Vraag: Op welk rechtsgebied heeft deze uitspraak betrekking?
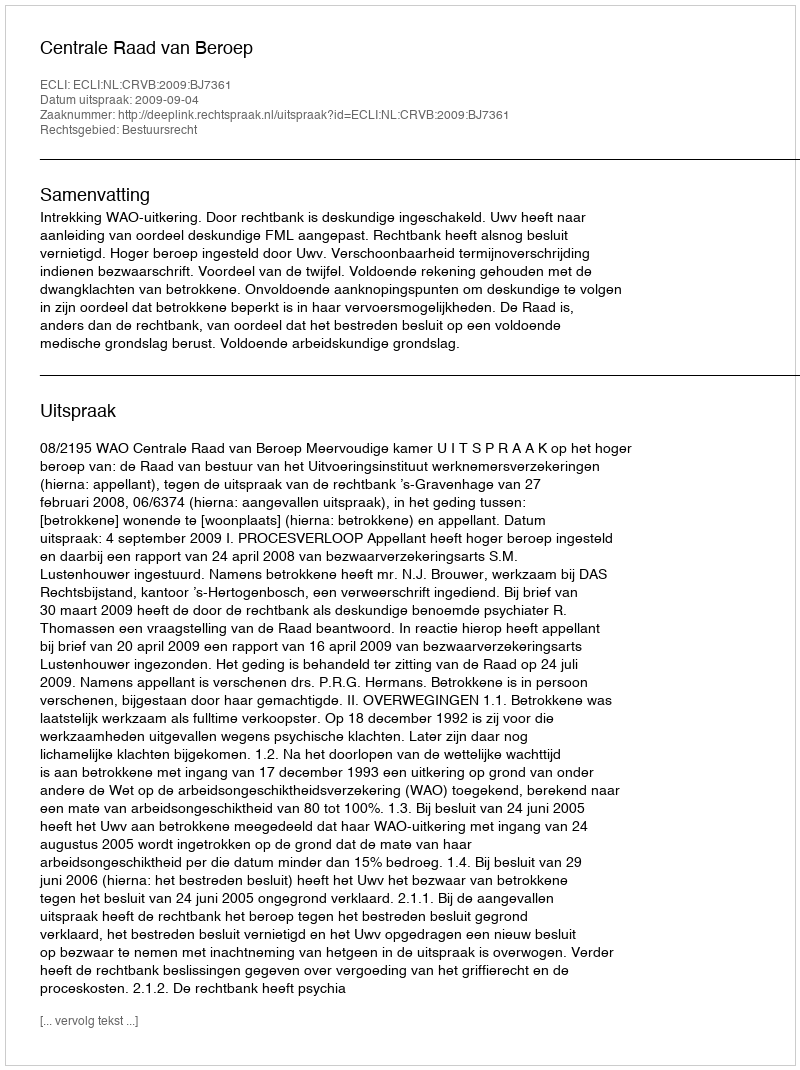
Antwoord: Bestuursrecht